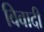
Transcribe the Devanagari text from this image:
विवादी